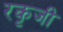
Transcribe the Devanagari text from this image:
रकृजी